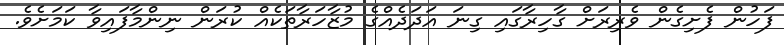
ފަހުން ފެށިގެން ވެރިރަށް ގާހިރާގައި ގިނަ އަދަދެއްގެ މުޒާހަރާތަކެއް ކުރަން ނިންމާފައިވާ ކަމަށެވެ.